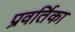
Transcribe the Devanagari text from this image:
प्रवर्तिका